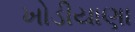
ખોડીયાણા